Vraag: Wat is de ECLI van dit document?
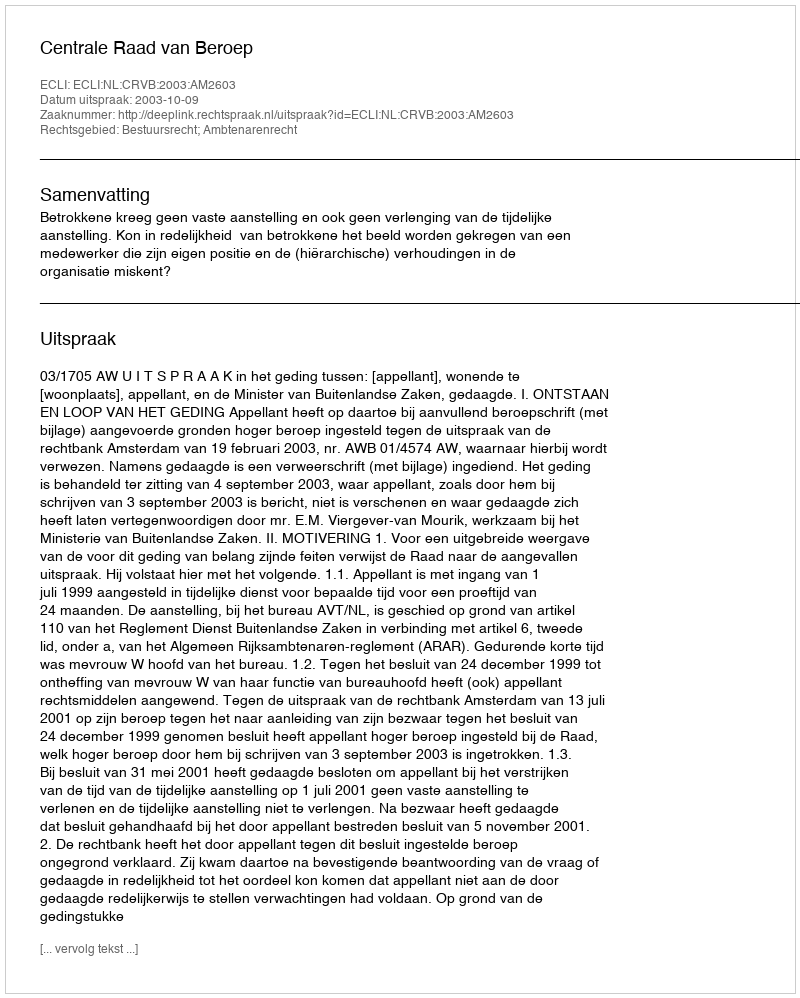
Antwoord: ECLI:NL:CRVB:2003:AM2603